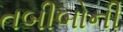
તબીબોની